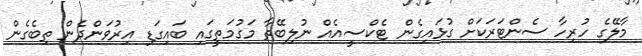
މާލޭގެ ހުރިހާ ސެންޓަރަކަށް ގުޅައިގެން ޓެކްސީއެއް ނުލިބޭތާ މަގުމަތީގައި ބައިގަޑި އިރުވަންދެން ތިބެގެން